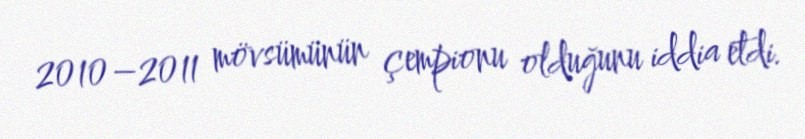
2010–2011 mövsümünün çempionu olduğunu iddia etdi.